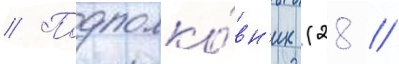
// Подполко́вн'ик (28 //